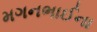
મગનભાઈના